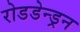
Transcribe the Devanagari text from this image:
रोडडेन्ड्रन